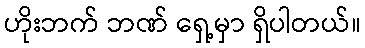
ဟိုးဘက် ဘဏ် ရှေ့မှာ ရှိပါတယ်။